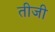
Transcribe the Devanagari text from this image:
तीजी